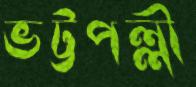
ভট্টপল্লী